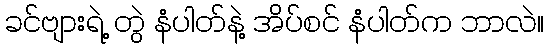
ခင်ဗျားရဲ့ တွဲ နံပါတ်နဲ့ အိပ်စင် နံပါတ်က ဘာလဲ။